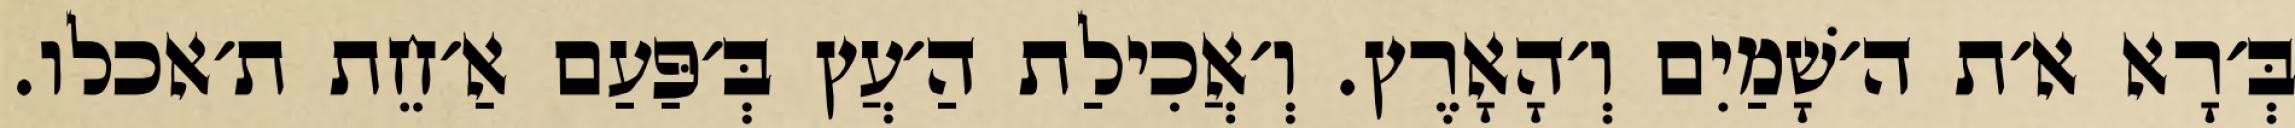
בְּ׳רָא א׳ת ה׳שָׁמַיִם וְ׳הָאָרֶץ. וְ׳אֲכִילַת הַ׳עֲץ בְּ׳פַּעַם אַ׳חֵת ת׳אכלו.